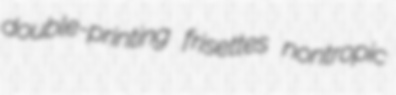
double-printing frisettes nontropic